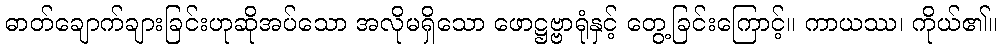
ဓာတ်ချောက်ချားခြင်းဟုဆိုအပ်သော အလိုမရှိသော ဖောဋ္ဌဗ္ဗာရုံနှင့် တွေ့ခြင်းကြောင့်။ ကာယဿ၊ ကိုယ်၏။